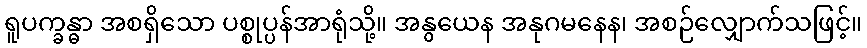
ရူပက္ခန္ဓာ အစရှိသော ပစ္စုပ္ပန်အာရုံသို့။ အနွယေန အနုဂမနေန၊ အစဉ်လျှောက်သဖြင့်။